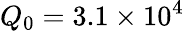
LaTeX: Q_{0}=3.1\times 10^{4}